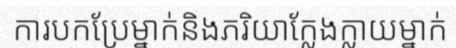
ការបកប្រែម្នាក់និងភរិយាក្លែងក្លាយម្នាក់